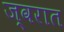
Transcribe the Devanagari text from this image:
ज्वरात